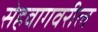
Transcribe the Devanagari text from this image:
सेहवागवरील